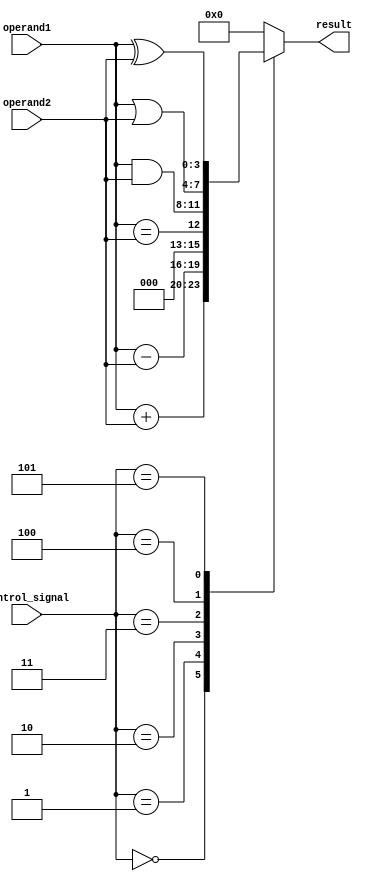
module ALU(input [3:0] operand1, operand2,
           input [2:0] control_signal,
           output reg [3:0] result);

    always @(*)
        case(control_signal)
            3'b000: result = operand1 + operand2;     // Addition
            3'b001: result = operand1 - operand2;     // Subtraction
            3'b010: result = (operand1 == operand2);  // Comparator
            3'b011: result = operand1 & operand2;     // Bitwise AND
            3'b100: result = operand1 | operand2;     // Bitwise OR
            3'b101: result = operand1 ^ operand2;     // Bitwise XOR
            default: result = 4'b0000;                 // Default case (No operation)
        endcase

endmodule